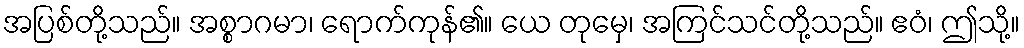
အပြစ်တို့သည်။ အစ္စာဂမာ၊ ရောက်ကုန်၏။ ယေ တုမှေ၊ အကြင်သင်တို့သည်။ ဧဝံ၊ ဤသို့။